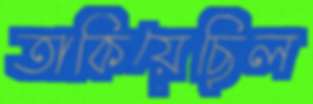
তাকিয়েছিল